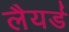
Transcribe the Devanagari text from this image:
लैयर्ड